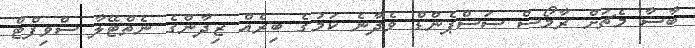
ބާސާ މެޗަށް ރާމޯސް ސަސްޕެންޑް ވެދާނެ ކަމުގެ ބިރެއް ޒިދާންގެ ނެތްޓޭލާ ސްވިފްޓް